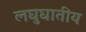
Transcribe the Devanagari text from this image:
लघुघातीय